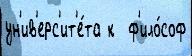
ун'ив'ерс'ит'е́та к  ф'ило́соф